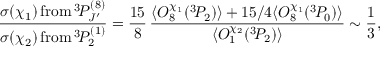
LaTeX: \frac { \sigma ( \chi _ { 1 } ) \, \mathrm { f r o m } \, { } ^ { 3 } \! P _ { J ^ { \prime } } ^ { ( 8 ) } } { \sigma ( \chi _ { 2 } ) \, \mathrm { f r o m } \, { } ^ { 3 } \! P _ { 2 } ^ { ( 1 ) } } = \frac { 1 5 } { 8 } \, \frac { \langle { \cal O } _ { 8 } ^ { \chi _ { 1 } } ( { } ^ { 3 } \! P _ { 2 } ) \rangle + 1 5 / 4 \langle { \cal O } _ { 8 } ^ { \chi _ { 1 } } ( { } ^ { 3 } \! P _ { 0 } ) \rangle } { \langle { \cal O } _ { 1 } ^ { \chi _ { 2 } } ( { } ^ { 3 } \! P _ { 2 } ) \rangle } \sim \frac { 1 } { 3 } ,